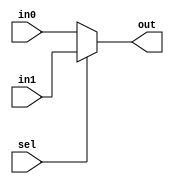
module mux2 #(parameter WIDTH = 32)(
    input   [WIDTH-1:0]     in0, in1,
    input                   sel,
    output  [WIDTH-1:0]     out     );
    
    assign out = sel ? in1 : in0; 
    
endmodule